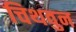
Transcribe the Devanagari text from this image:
चिथवुन